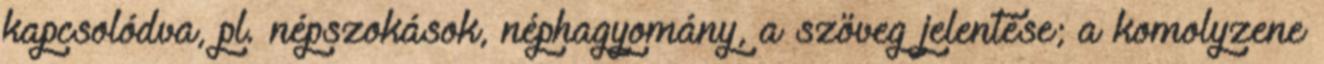
kapcsolódva, pl. népszokások, néphagyomány, a szöveg jelentése; a komolyzene